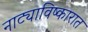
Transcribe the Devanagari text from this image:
नाट्याविष्कारात